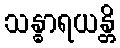
သန္ဓာရယန္တိ